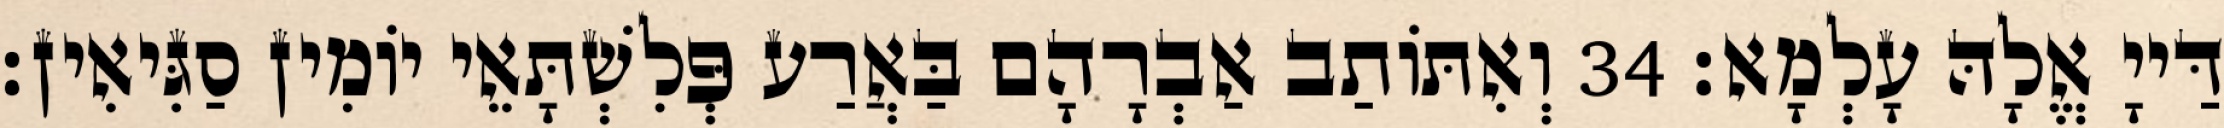
דַּייָ אֱלָהּ עָלְמָא׃ 34 וְאִתּוֹתַב אַבְרָהָם בַּאֲרַע פְּלִשְׁתָּאֵי יוֹמִין סַגִּיאִין׃